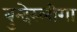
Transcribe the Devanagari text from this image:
बुन्देस्लीगा